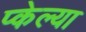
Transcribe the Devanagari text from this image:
प्केल्या